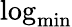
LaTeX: \mathrm{log}_{\mathrm{min}}